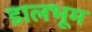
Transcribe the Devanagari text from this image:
डालभूम